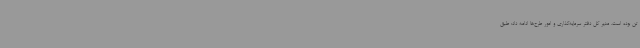
تن بوده است. مدیر کل دفتر سرمایه‌گذاری و امور طرح‌ها ادامه داد: طبق